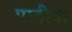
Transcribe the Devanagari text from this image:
पाठीबा